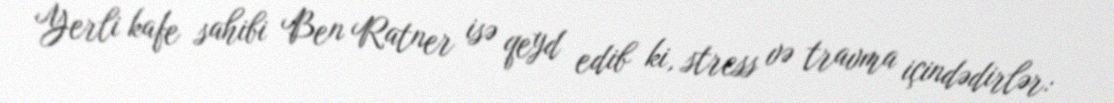
Yerli kafe sahibi Ben Ratner isə qeyd edib ki, stress və travma içindədirlər: